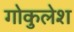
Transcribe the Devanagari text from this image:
गोकुलेश